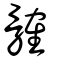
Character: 髉